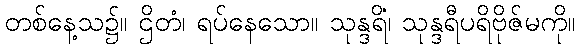
တစ်နေ့သ၌။ ဌိတံ၊ ရပ်နေသော။ သုန္ဒရိံ၊ သုန္ဒရီပရိဗိုဇ်မကို။